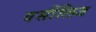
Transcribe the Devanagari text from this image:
वर्सीलिज